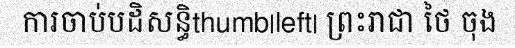
ការចាប់បដិសន្ធិthumb|left| ព្រះរាជា ថៃ ចុង